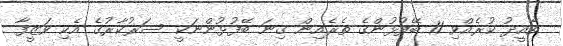
ތާއީދު ކުރެއްވި 11 ބޭފުޅުންގެ ތެރެއިން ގިނަ ބޭފުޅުންނަކީ ސަރުކާރުގެ އެކި ވަޒީފާ